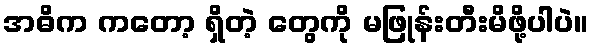
အဓိက ကတော့ ရှိတဲ့ တွေကို မဖြုန်းတီးမိဖို့ပါပဲ။